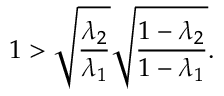
1 > \sqrt { \frac { \lambda _ { 2 } } { \lambda _ { 1 } } } \sqrt { \frac { 1 - \lambda _ { 2 } } { 1 - \lambda _ { 1 } } } .